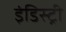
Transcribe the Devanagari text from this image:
इंडिस्ट्री